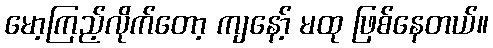
မော့ကြည့်လိုက်တော့ ကျနော့် မထု ဖြစ်နေတယ်။